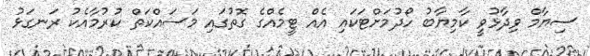
ސިޔާމް ވިދާޅުވީ ކާމިޔާބު ހޯދުމަށްޓަކައި އެއް ޓީމެއްގެ ގޮތުގައި މަސައްކަތް ކުރުމާއެކު ރަނގަޅު